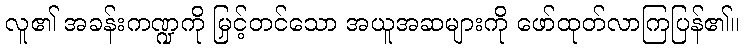
လူ၏ အခန်းကဏ္ဍကို မြှင့်တင်သော အယူအဆများကို ဖော်ထုတ်လာကြပြန်၏။